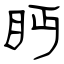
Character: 眄